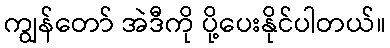
ကျွန်တော် အဲဒီကို ပို့ပေးနိုင်ပါတယ်။